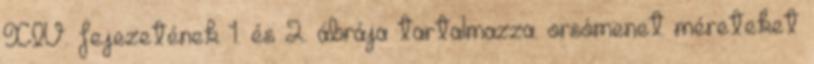
XIV. fejezetének 1. és 2. ábrája tartalmazza. orsómenet méreteket